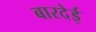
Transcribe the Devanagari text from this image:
बारदेई